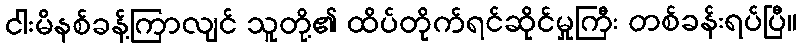
ငါးမိနစ်ခန့်ကြာလျင် သူတို့၏ ထိပ်တိုက်ရင်ဆိုင်မှုကြီး တစ်ခန်းရပ်ပြီ။